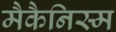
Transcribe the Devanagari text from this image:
मैकैनिस्म